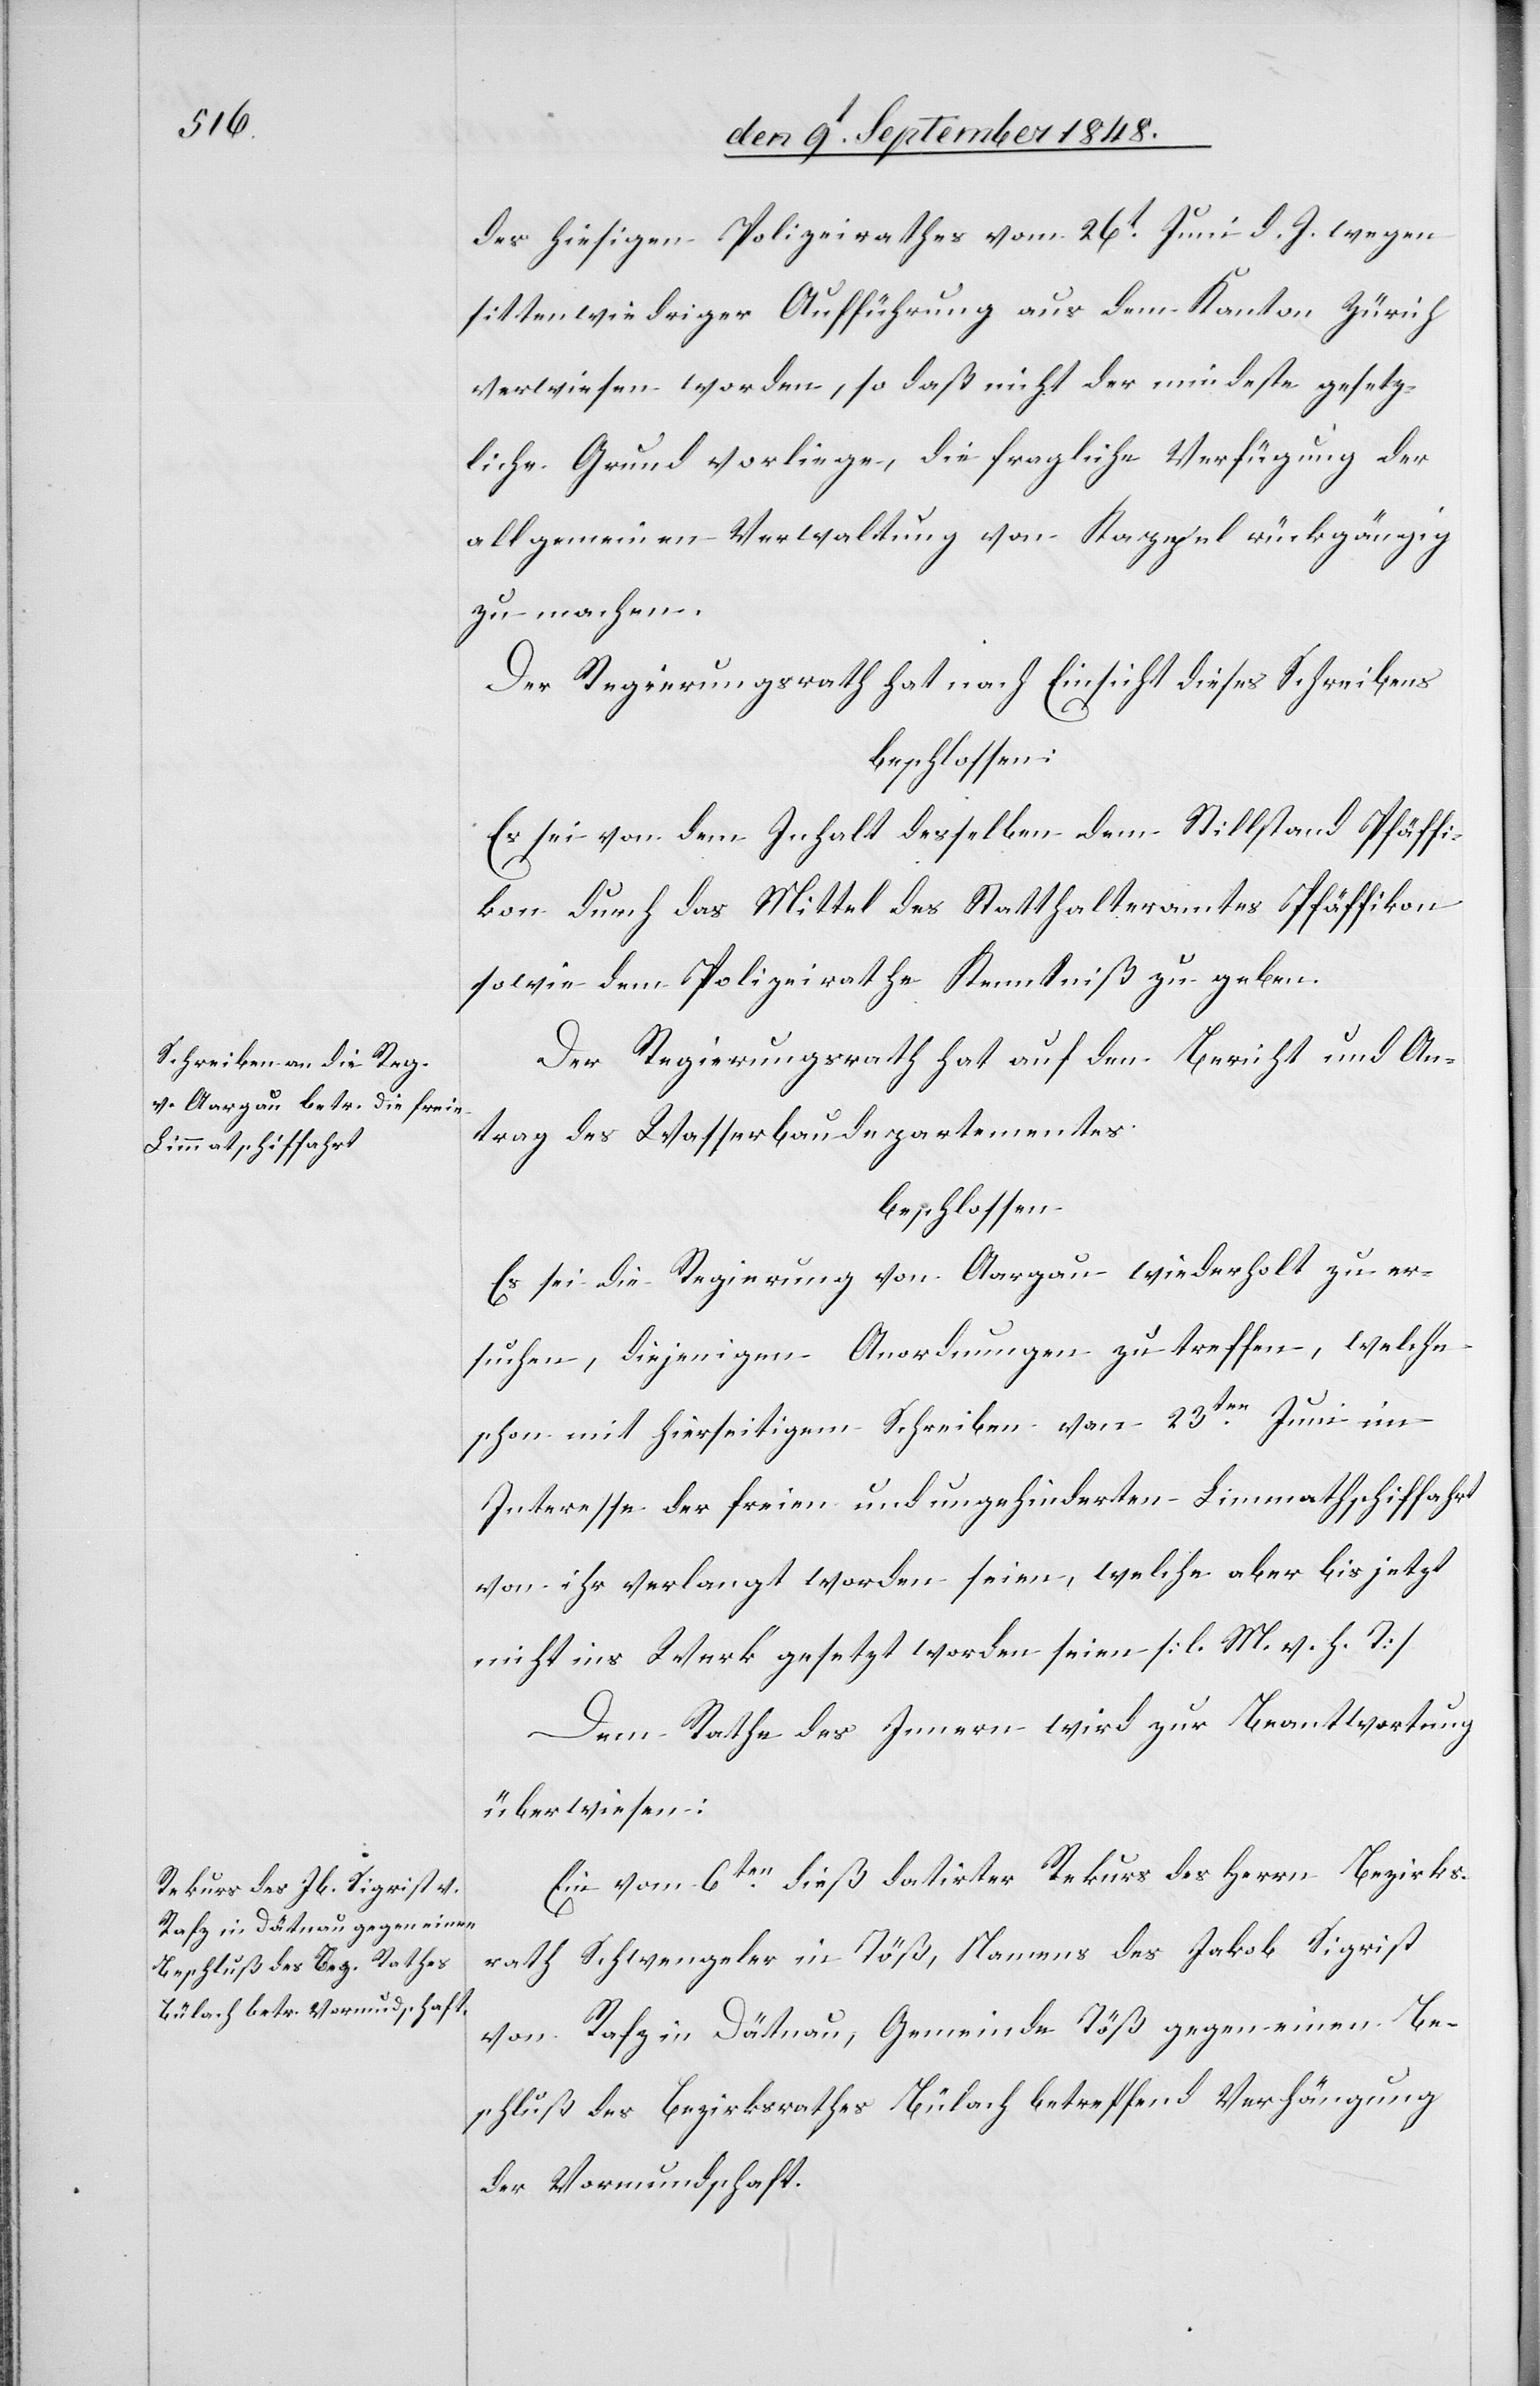
des hiesigen Polizeirathes vom 26t Juni d. J. wegen
sittenwiedriger Aufführung aus dem Kanton Zürich
verwiesen worden, so daß nicht der mindeste gesetz¬
liche Grund vorliege, die fragliche Verfügung der
allgemeinen Verwaltung von Kappel rückgängig
zu machen.
Der Regierungsrath hat nach Einsicht dieses Schreibens
beschlossen:
Es sei von dem Inhalt derselben dem Stillstand Pfäffi¬
kon durch das Mittel des Statthalteramtes Pfäffikon
sowie dem Polizeirathe Kenntniß zu geben.
Der Regierungsrath hat auf den Bericht und An¬
trag des Wasserbaudepartementes
beschlossen:
Es sei die Regierung von Aargau wiederholt zu er¬
suchen, diejenigen Anordnungen zu treffen, welche
schon mit hierseitigem Schreiben von 23ten Juni im
Interesse der freien und ungehinderten Limmathschiffahrt
von ihr verlangt worden seien, welche aber bis jetzt
nicht ins Werk gesetzt worden seien. [l. M. v. h. T]
Dem Rathe des Innern wird zur Beantwortung
überwiesen:
Ein vom 6ten dieß datirter Rekurs des Herrn Bezirks¬
rath Schwengeler in Töß, Namens des Jakob Sigrist
von Rafz in Dätnau, Gemeinde Töß gegen einen Be¬
schluß des Bezirksrathes Bülach betreffend Verhängung
der Vormundschaft.